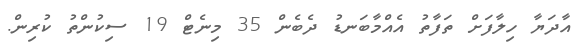
އާދަޔާ ހިލާފަށް ތަފާތު އެއްމާބަނޑު ދެބެން 35 މިނެޓް 19 ސިކުންތު ކުރިން.